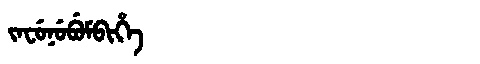
Manchu: ᠵᠠᠸᡠᠨᡠᠪᡠᠮᠪᡳᡥᡝ
Romanization: JAFUNUBUMBIHE